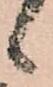
候